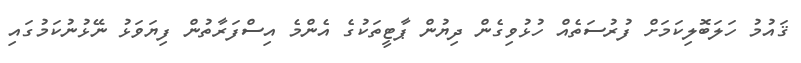
ޤައުމު ހަލަބޮލިކަމަށް ފުރުސަތެއް ހުޅުވިގެން ދިޔުން ޕާޓީތަކުގެ އެންމެ އިސްފަރާތުން ފިޔަވަޅު ނޭޅުނުކަމުގައި